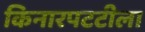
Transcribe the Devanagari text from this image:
किनारपटटीला